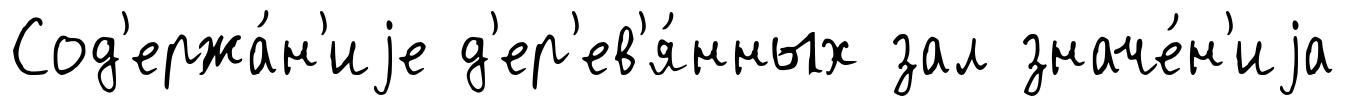
Сод'ержа́н'иjе д'ер'ев'я́нных зал значе́н'иjа